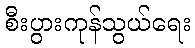
စီးပွားကုန်သွယ်ရေး